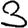
Digit: 3